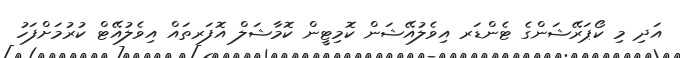
އަދި މި ކޯޕަރޭޝަންގެ ޓެންޑަރ އިވެލުއޭޝަން ކޮމިޓީން ކޮމާޝަލް އޮފަރތައް އިވެލުއޭޓް ކުރުމަށްފަހު